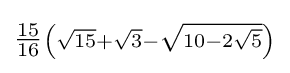
\scriptstyle {\tfrac {15}{16}}\left({\sqrt {15}}+{\sqrt {3}}-{\sqrt {10-2{\sqrt {5}}}}\right)